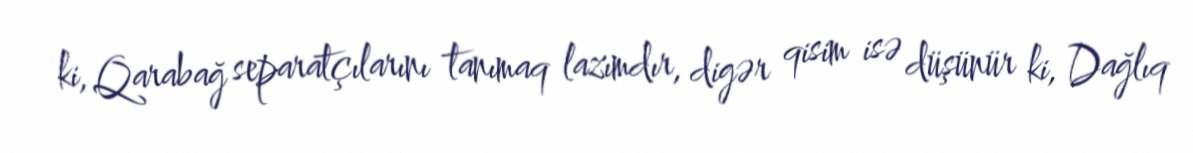
ki, Qarabağ separatçılarını tanımaq lazımdır, digər qisim isə düşünür ki, Dağlıq